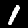
Digit: 1